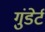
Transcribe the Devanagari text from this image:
गुंडेर्ट